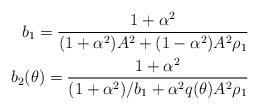
LaTeX: \begin{align*}b_1=\frac{1+\alpha^2}{(1+\alpha^2)A^2+(1-\alpha^2)A^2\rho_1}\\b_2(\theta)=\frac{1+\alpha^2}{(1+\alpha^2)/b_1+\alpha^2 q(\theta)A^2\rho_1}\end{align*}